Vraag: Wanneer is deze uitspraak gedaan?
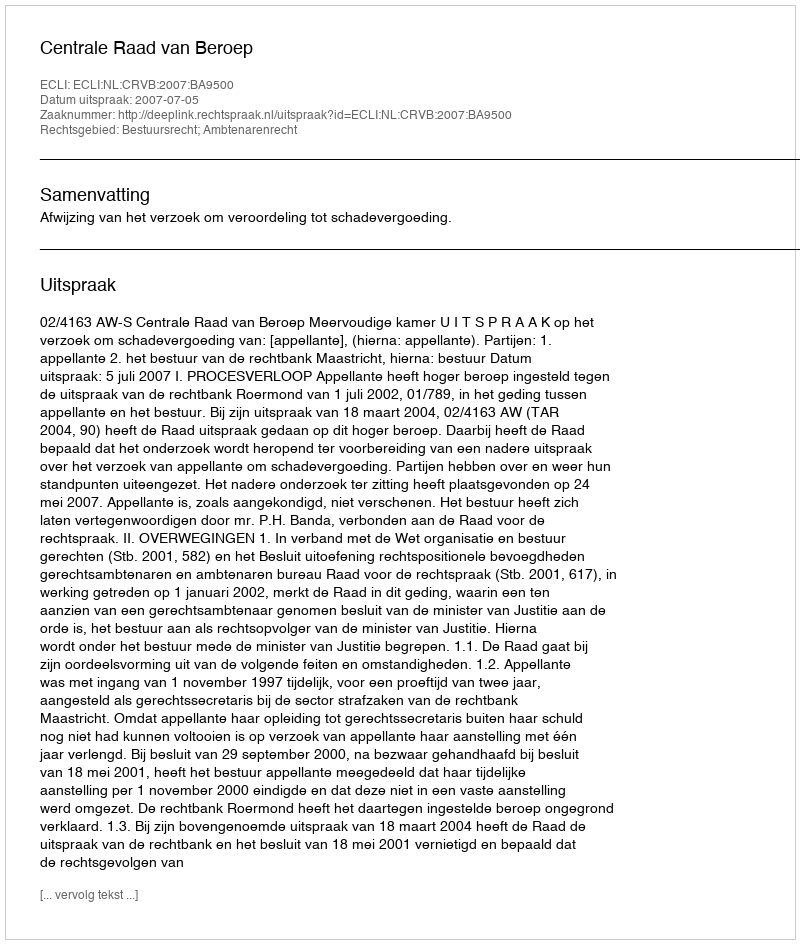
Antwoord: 2007-07-05